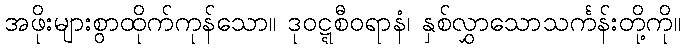
အဖိုးများစွာထိုက်ကုန်သော။ ဒုဝဋ္ဋစီဝရာနံ၊ နှစ်လွှာသောသင်္ကန်းတို့ကို။